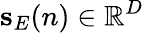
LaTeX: \textbf{s}_{E}(n)\in\mathbb{R}^{D}